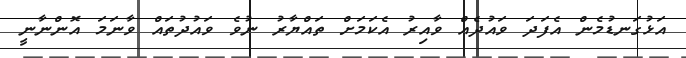
އަޅުގަނޑުމެން އެފަދަ ވައުދެއް ވާއިރު އެކަމަށް ތައްޔާރު ނުވެ ވައުދުތައް ވާނަމަ އޮންނާނީ